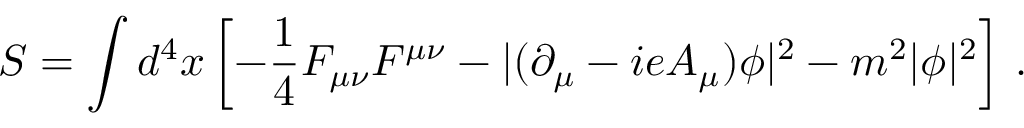
S = \int d ^ { 4 } x \left[ - { \frac { 1 } { 4 } } F _ { \mu \nu } F ^ { \mu \nu } - \vert ( \partial _ { \mu } - i e A _ { \mu } ) \phi \vert ^ { 2 } - m ^ { 2 } \vert \phi \vert ^ { 2 } \right] \, .